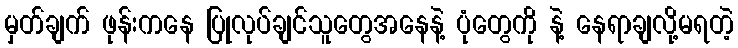
မှတ်ချက် ဖုန်းကနေ ပြုလုပ်ချင်သူတွေအနေနဲ့ ပုံတွေကို နဲ့ နေရာချလို့မရတဲ့